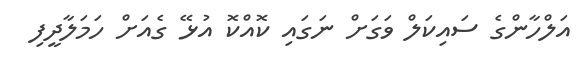
އަލްހާންގެ ސައިކަލް ވަގަށް ނަގައި ކޮއްކޮ އުޅޭ ގެއަށް ހަމަލާދީފި